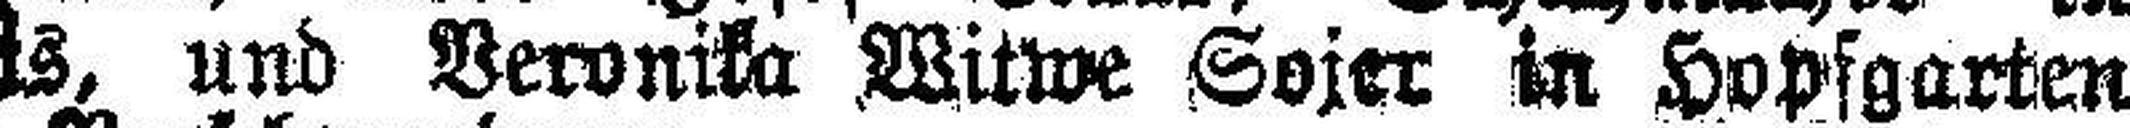
Burgets, und Veronika .Witwe Sojer in Hopfgarten